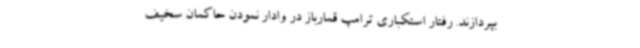
بپردازند. رفتار استکباری ترامپ قمارباز در وادار نمودن حاکمان سخیف